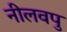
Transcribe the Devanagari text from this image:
नीलवपु